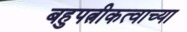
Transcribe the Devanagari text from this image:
बहुपत्नीकत्वाच्या